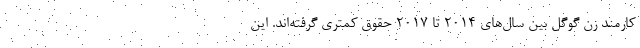
کارمند زن گوگل بین سال‌های 2014 تا 2017 حقوق کمتری گرفته‌اند. این